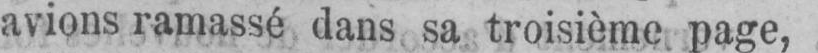
avions ramassé dans sa troisième page,